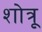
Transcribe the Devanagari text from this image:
शोत्रू